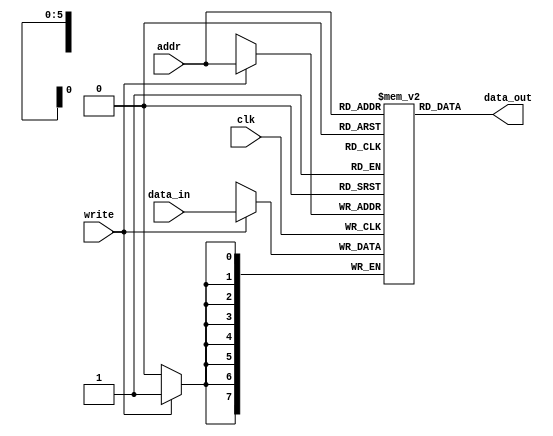
module infer_async_ram_MLAB #(
	parameter DATA_WIDTH=8, 
	parameter ADDR_WIDTH=6
	)(
    input   [(ADDR_WIDTH-1):0] addr,
    input   [(DATA_WIDTH-1):0] data_in,
    input         clk,
    input         write,
    output  [(DATA_WIDTH-1):0] data_out );
	 
	 
	 
   reg [(DATA_WIDTH-1):0] mem[0:(2**ADDR_WIDTH-1)];
	
	//Async read
   assign  data_out = mem[addr];
	
	//Sync write
   always @ (posedge clk)
   begin
      if (write)
         mem[addr] = data_in;
   end
endmodule